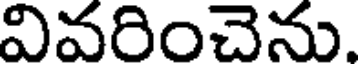
వివరించెను.